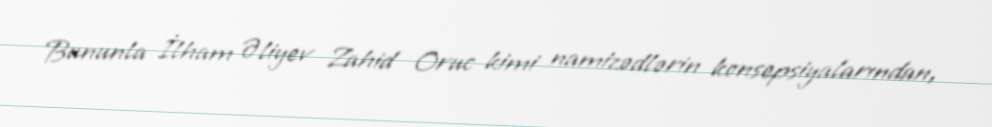
Bununla İlham Əliyev Zahid Oruc kimi namizədlərin konsepsiyalarından,